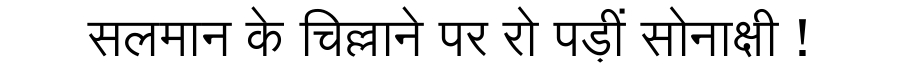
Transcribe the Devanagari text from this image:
सलमान के चिल्लाने पर रो पड़ीं सोनाक्षी !